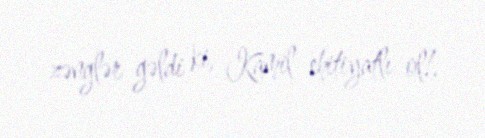
zənglər gəldi ki, Kamil ehitiyatlı ol!.